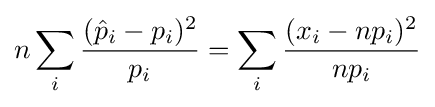
n\sum _{i}{\frac {({\hat {p}}_{i}-p_{i})^{2}}{p_{i}}}=\sum _{i}{\frac {(x_{i}-np_{i})^{2}}{np_{i}}}